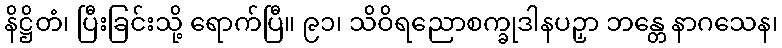
နိဋ္ဌိတံ၊ ပြီးခြင်းသို့ ရောက်ပြီ။ ၉၁၊ သိဝိရညောစက္ခုဒါနပဉှာ ဘန္တေ နာဂသေန၊